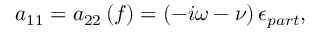
a _ { 1 1 } = a _ { 2 2 } \left( f \right) = \left( - i \omega - \nu \right) \epsilon _ { p a r t } ,